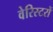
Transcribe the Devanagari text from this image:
वेरिस्टरों